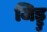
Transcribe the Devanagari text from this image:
जिड्डु